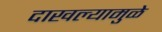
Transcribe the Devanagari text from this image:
दाखल्यामुळे